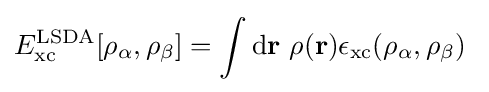
E_{\rm {xc}}^{\mathrm {LSDA} }[\rho _{\alpha },\rho _{\beta }]=\int \mathrm {d} \mathbf {r} \ \rho (\mathbf {r} )\epsilon _{\rm {xc}}(\rho _{\alpha },\rho _{\beta })\